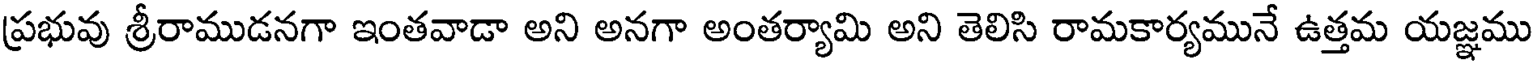
(ప్రభువు శ్రీరాముడనగా ఇంతవాడా అని అనగా అంతర్యామి అని తెలిసి రామకార్యమునే ఉత్తమ యజ్ఞము